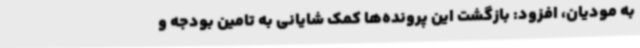
به مودیان، افزود: بازگشت این پرونده‌ها کمک شایانی به تامین بودجه و